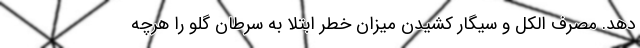
دهد. مصرف الکل و سیگار کشیدن میزان خطر ابتلا به سرطان گلو را هرچه